Vaccination in the Punjab 1919-1929 - 1919-1929
Year: 1919
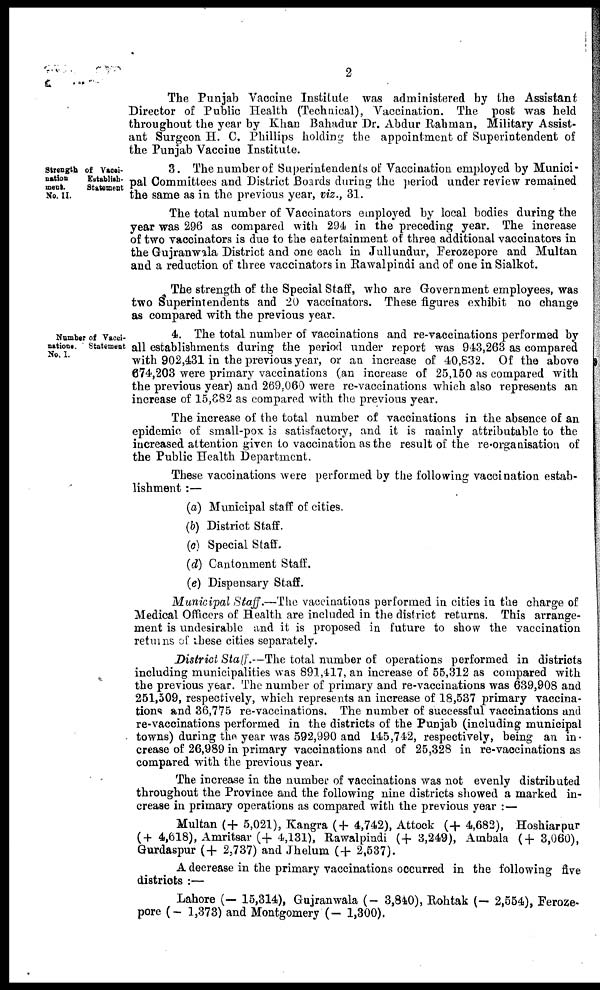
2
The Punjab Vaccine Institute was administered by the Assistant
Director of Public Health (Technical), Vaccination. The post was held
throughout the year by Khan Bahadur Dr. Abdur Rahman, Military Assist-
ant Surgeon H. C. Phillips holding the appointment of Superintendent of
the Punjab Vaccine Institute.
Strength of Vacci-
nation
Establish-
ment.
Statement
No. II.
3. The number of Superintendents of Vaccination employed by Munici-
pal Committees and District Boards during the period under review remained
the same as in the previous year, viz., 31.
The total number of Vaccinators employed by local bodies during the
year was 296 as compared with 294 in the preceding year. The increase
of two vaccinators is due to the entertainment of three additional vaccinators in
the Gujranwala District and one each in Jullundur, Ferozepore and Multan
and a reduction of three vaccinators in Rawalpindi and of one in Sialkot.
The strength of the Special Staff, who are Government employees, was
two Superintendents and 20 vaccinators. These figures exhibit no change
as compared with the previous year.
Number of Vacci-
nations.
Statement
No, I.
4. The total number of vaccinations and re-vaccinations performed by
all establishments during the period under report was 943,263 as compared
with 902,431 in the previous year, or an increase of 40,832. Of the above
674,203 were primary vaccinations (an increase of 25,150 as compared with
the previous year) and 269.060 were re-vaccinations which also represents an
increase of 15,882 as compared with the previous year.
The increase of the total number of vaccinations in the absence of an
epidemic of small-pox is satisfactory, and it is mainly attributable to the
increased attention given to vaccination as the result of the re-organisation of
the Public Health Department.
These vaccinations were performed by the following vaccination estab-
lishment :—
(a)
(b)
(c)
(d)
(e)
Municipal staff of cities.
District Staff.
Special Staff.
Cantonment Staff.
Dispensary Staff.
Municipal Staff.—The vaccinations performed in cities in the charge of
Medical Officers of Health are included in the district returns. This arrange-
ment is undesirable and it is proposed in future to show the vaccination
returns of these cities separately.
District Staff.—The total number of operations performed in districts
including municipalities was 891,417, an increase of 55,312 as compared with
the previous year. The number of primary and re-vaccinations was 639,908 and
251,509, respectively, which represents an increase of 18,537 primary vaccina-
tions and 36,775 re-vaccinations. The number of successful vaccinations and
re-vaccinations performed in the districts of the Punjab (including municipal
towns) during the year was 592,990 and 145,742, respectively, being an in
crease of 26,989 in primary vaccinations and of 25,328 in re-vaccinations as
compared with the previous year.
The increase in the number of vaccinations was not evenly distributed
throughout the Province and the following nine districts showed a marked in-
crease in primary operations as compared with the previous year : —
Multan (+ 5,021), Kangra (+ 4,742), Attock (+ 4,682), Hoshiarpur
(+ 4,618), Amritsar (+ 4,131), Rawalpindi (+3,249), Ambala (+ 3,060),
Gurdaspur (+ 2,737) and Jhelum (+ 2,537).
A decrease in the primary vaccinations occurred in the following five
districts :—
Lahore (— 15,314), Gujranwala (- 3,840), Rohtak (- 2,554), Feroze-
pore (- 1,373) and Montgomery (- 1,300).